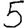
Digit: 5